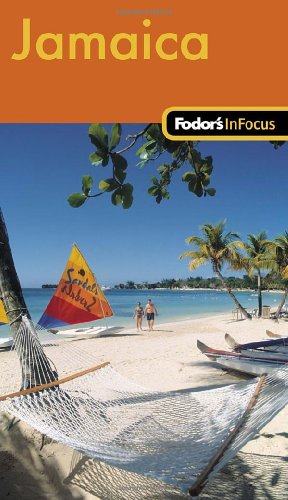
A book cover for Fodor's In Focus Jamaica, 1st Edition (Travel Guide); Fodor's; Travel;